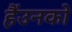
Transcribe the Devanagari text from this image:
हैंउनको